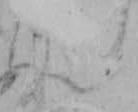
ん